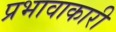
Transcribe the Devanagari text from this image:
प्रभावाकारी